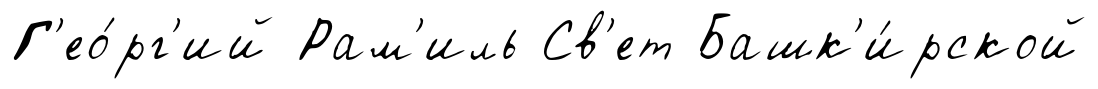
Г'ео́рг'ий Рам'иль Св'ет Башк'и́рской